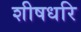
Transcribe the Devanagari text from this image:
शीषधरि